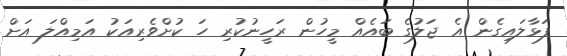
ފަޅާލައިގެން އެ ޖަލުގެ ބައެއް މީހުން ރަހީނުކުރި ހަ ކުށްވެރިއަކު އަމިއްލަ އަށް